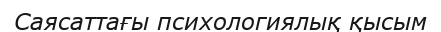
Саясаттағы психологиялық қысым